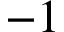
- 1